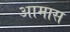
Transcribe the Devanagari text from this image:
आमास